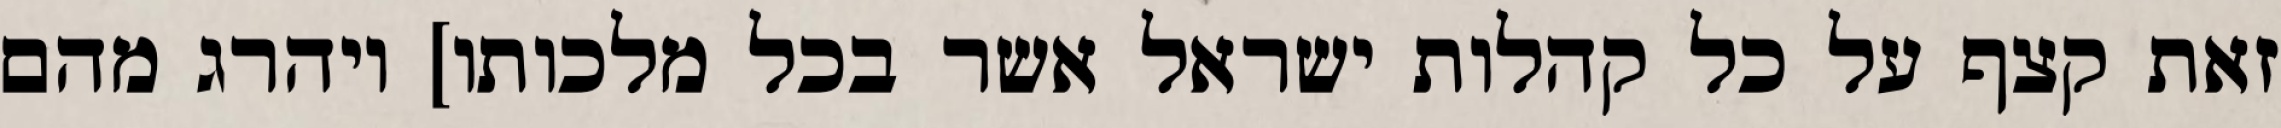
זאת קצף על כל קהלות ישראל אשר בכל מלכותו] ויהרג מהם